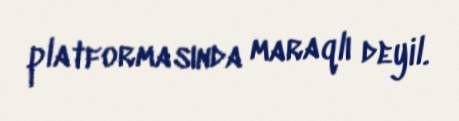
platformasında maraqlı deyil.